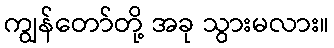
ကျွန်တော်တို့ အခု သွားမလား။